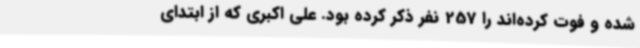
شده و فوت کرده‌اند را 257 نفر ذکر کرده بود. علی اکبری که از ابتدای